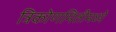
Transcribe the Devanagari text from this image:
त्रिकोणमितीमध्ये